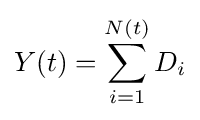
Y(t)=\sum _{i=1}^{N(t)}D_{i}